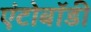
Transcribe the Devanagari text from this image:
एंटोबॉडी